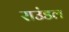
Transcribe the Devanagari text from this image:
राउंडल